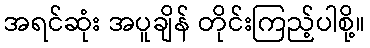
အရင်ဆုံး အပူချိန် တိုင်းကြည့်ပါစို့။